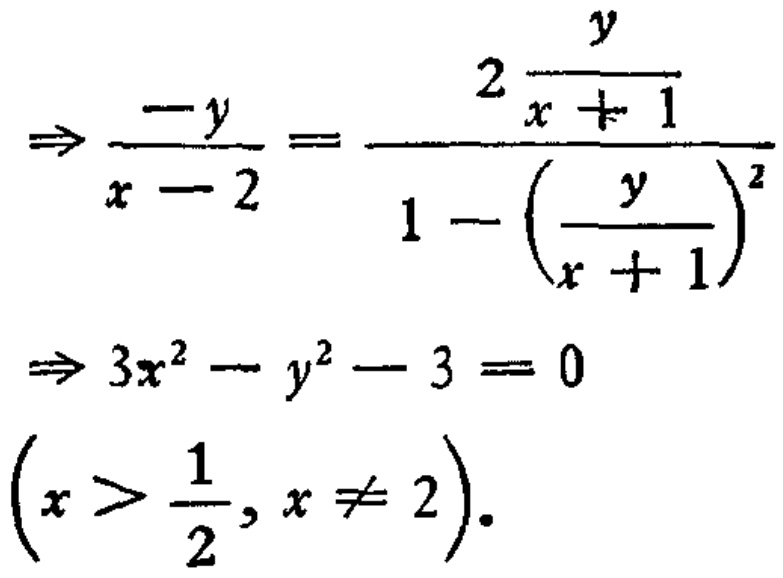
\[
\begin{align*}
\Rightarrow\frac{-y}{x - 2}&=\frac{2\frac{y}{x + 1}}{1-\left(\frac{y}{x + 1}\right)^2}\\
\Rightarrow 3x^{2}-y^{2}-3&=0\\
\left(x>\frac{1}{2},x\neq2\right).
\end{align*}
\]